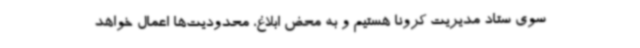
سوی ستاد مدیریت کرونا هستیم و به محض ابلاغ، محدودیت‌ها اعمال خواهد